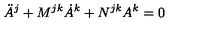
\ddot { A } ^ { j } + M ^ { j k } \dot { A } ^ { k } + N ^ { j k } A ^ { k } = 0